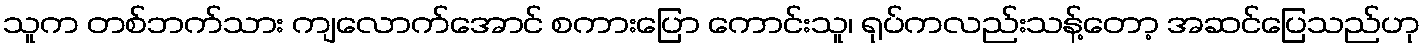
သူက တစ်ဘက်သား ကျလောက်အောင် စကားပြော ကောင်းသူ၊ ရုပ်ကလည်းသန့်တော့ အဆင်ပြေသည်ဟု